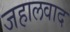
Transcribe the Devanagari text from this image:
जहालवाद